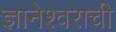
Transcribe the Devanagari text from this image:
ज्ञानेश्वराची